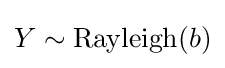
Y\sim {\textrm {Rayleigh}}(b)